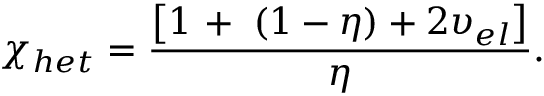
{ { \chi } _ { h e t } } = \frac { \left[ 1 \mathrm { ~ + ~ } \left( 1 - \eta \right) + 2 { { \upsilon } _ { e l } } \right] } { \eta } .